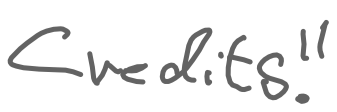
Text: Credits."
Cross-out: clean
Writing tool: digital_gray